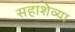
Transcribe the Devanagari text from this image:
सहाशेव्या